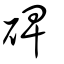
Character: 碑